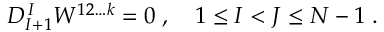
D _ { I + 1 } ^ { \, I } W ^ { 1 2 \ldots k } = 0 \; , \quad 1 \leq I < J \leq N - 1 \; .